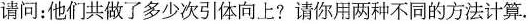
请问：他们共做了多少次引体向上?请你用两种不同的方法计算.